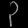
Digit: ၃